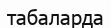
табаларда